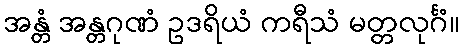
အန္တံ အန္တဂုဏံ ဥဒရိယံ ကရီသံ မတ္တလုင်္ဂံ။